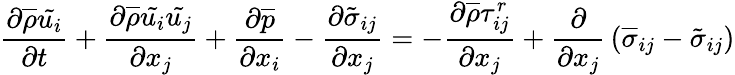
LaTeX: {\frac{\partial{\overline{{\rho}}}{\tilde{u_{i}}}}{\partial t}}+{\frac{\partial{\overline{{\rho}}}{\tilde{u_{i}}}{\tilde{u_{j}}}}{\partial x_{j}}}+{\frac{\partial{\overline{{p}}}}{\partial x_{i}}}-{\frac{\partial{\tilde{\sigma}}_{ij}}{\partial x_{j}}}=-{\frac{\partial{\overline{{\rho}}}\tau_{ij}^{r}}{\partial x_{j}}}+{\frac{\partial}{\partial x_{j}}}\left({\overline{{\sigma}}}_{ij}-{\tilde{\sigma}}_{ij}\right)